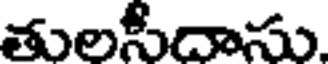
తులసీదాసు.